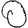
Digit: 0